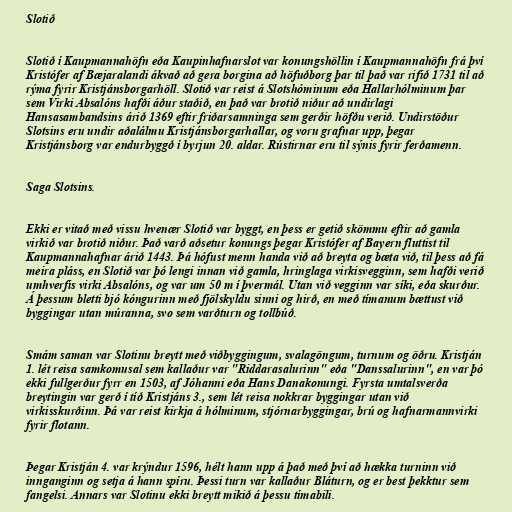
Slotið

Slotið í Kaupmannahöfn eða Kaupinhafnarslot var konungshöllin í Kaupmannahöfn frá því
Kristófer af Bæjaralandi ákvað að gera borgina að höfuðborg þar til það var rifið 1731 til að
rýma fyrir Kristjánsborgarhöll. Slotið var reist á Slotshóminum eða Hallarhólminum þar
sem Virki Absalóns hafði áður staðið, en það var brotið niður að undirlagi
Hansasambandsins árið 1369 eftir friðarsamninga sem gerðir höfðu verið. Undirstöður
Slotsins eru undir aðalálmu Kristjánsborgarhallar, og voru grafnar upp, þegar
Kristjánsborg var endurbyggð í byrjun 20. aldar. Rústirnar eru til sýnis fyrir ferðamenn.

Saga Slotsins.

Ekki er vitað með vissu hvenær Slotið var byggt, en þess er getið skömmu eftir að gamla
virkið var brotið niður. Það varð aðsetur konungs þegar Kristófer af Bayern fluttist til
Kaupmannahafnar árið 1443. Þá hófust menn handa við að breyta og bæta við, til þess að fá
meira pláss, en Slotið var þó lengi innan við gamla, hringlaga virkisvegginn, sem hafði verið
umhverfis virki Absalóns, og var um 50 m í þvermál. Utan við vegginn var síki, eða skurður.
Á þessum bletti bjó kóngurinn með fjölskyldu sinni og hirð, en með tímanum bættust við
byggingar utan múranna, svo sem varðturn og tollbúð.

Smám saman var Slotinu breytt með viðbyggingum, svalagöngum, turnum og öðru. Kristján
1. lét reisa samkomusal sem kallaður var "Riddarasalurinn" eða "Danssalurinn", en var þó
ekki fullgerður fyrr en 1503, af Jóhanni eða Hans Danakonungi. Fyrsta umtalsverða
breytingin var gerð í tíð Kristjáns 3., sem lét reisa nokkrar byggingar utan við
virkisskurðinn. Þá var reist kirkja á hólminum, stjórnarbyggingar, brú og hafnarmannvirki
fyrir flotann.

Þegar Kristján 4. var krýndur 1596, hélt hann upp á það með því að hækka turninn við
innganginn og setja á hann spíru. Þessi turn var kallaður Bláturn, og er best þekktur sem
fangelsi. Annars var Slotinu ekki breytt mikið á þessu tímabili.